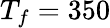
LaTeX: T_{f}=350